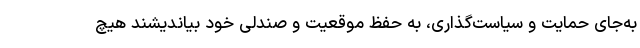
به‌جای حمایت و سیاست‌گذاری، به حفظ موقعیت و صندلی خود بیاندیشند هیچ